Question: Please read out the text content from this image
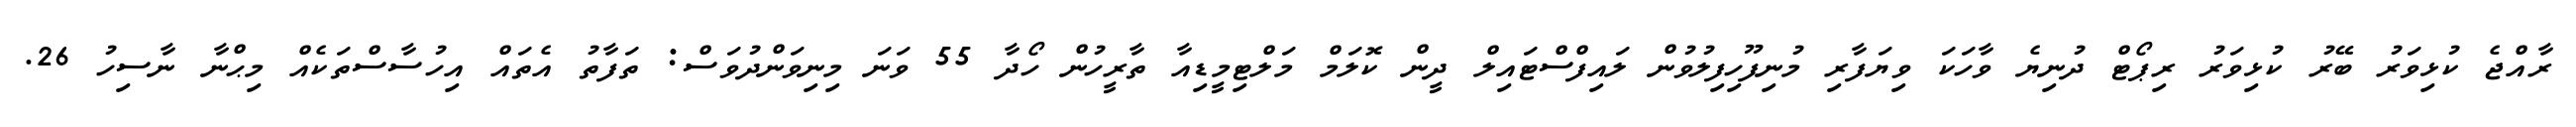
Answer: ރާއްޖެ ކުޅިވަރު ބޭރު ކުޅިވަރު ރިޕޯޓް ދުނިޔެ ވާހަކަ ވިޔަފާރި މުނިފޫހިފިލުވުން ލައިފްސްޓައިލް ދީން ކޮލަމް މަލްޓިމީޑިއާ ތާރީހުން ހޯދާ 55 ވަނަ މިނިވަންދުވަސް: ތަފާތު އެތައް އިހުސާސްތަކެއް މިޙްނާ ނާސިހު 26.